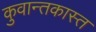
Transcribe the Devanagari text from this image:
कुवान्तकास्त